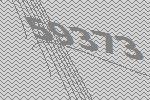
59373